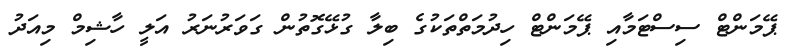
ޕޭމަންޓް ސިސްޓަމާއި ޕޭމަންޓް ހިދުމަތްތަކުގެ ބިލާ ގުޅޭގޮތުން ގަވަރުނަރު އަލީ ހާޝިމް މިއަދު